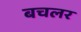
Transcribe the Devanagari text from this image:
बचलर